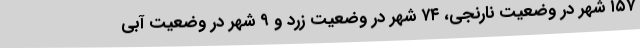
۱۵۷ شهر در وضعیت نارنجی، ۷۴ شهر در وضعیت زرد و ۹ شهر در وضعیت آبی